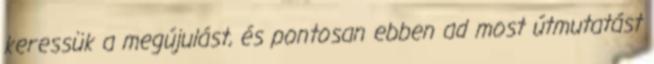
keressük a megújulást, és pontosan ebben ad most útmutatást